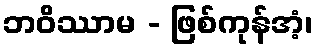
ဘဝိဿာမ - ဖြစ်ကုန်အံ့၊